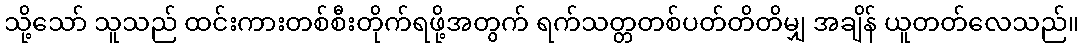
သို့သော် သူသည် ထင်းကားတစ်စီးတိုက်ရဖို့အတွက် ရက်သတ္တတစ်ပတ်တိတိမျှ အချိန် ယူတတ်လေသည်။